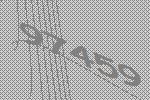
97459